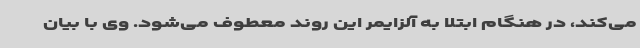
می‌کند، در هنگام ابتلا به آلزایمر این روند معطوف می‌شود. وی با بیان